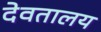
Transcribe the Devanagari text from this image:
देवतालय